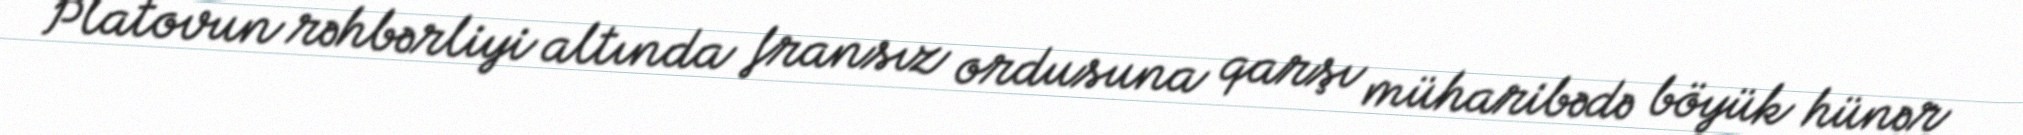
Platovun rəhbərliyi altında fransız ordusuna qarşı müharibədə böyük hünər